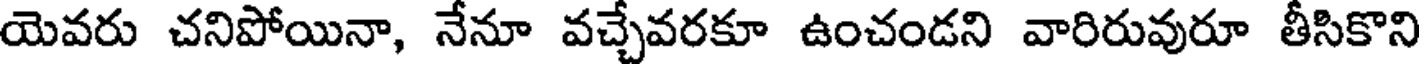
యెవరు చనిపోయినా, నేనూ వచ్చేవరకూ ఉంచండని వారిరువురూ తీసికొని